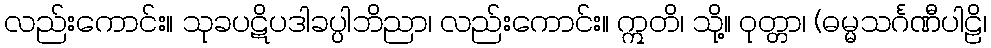
လည်းကောင်း။ သုခပဋိပဒါခပ္ပါဘိညာ၊ လည်းကောင်း။ ဣတိ၊ သို့။ ဝုတ္တာ၊ (ဓမ္မသင်္ဂဏီပါဠိ၊